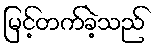
မြင့်တက်ခဲ့သည်